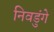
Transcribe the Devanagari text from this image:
निवडुंगे